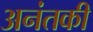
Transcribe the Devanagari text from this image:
अनंतकी